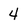
Character: 4